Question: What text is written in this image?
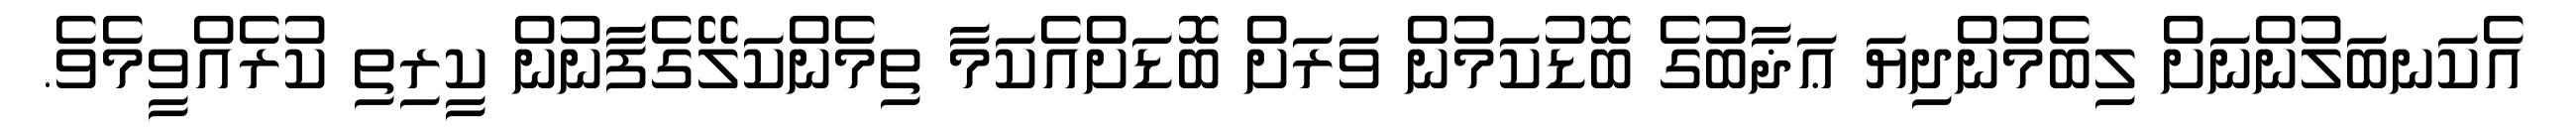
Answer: އެކަނބަލުންނަށް ލިބެމުންދިޔަ ޢަޛާބުގެ ބޮޑުކަމުން ވަރަށް ބޮޑަށްއެކަމާ ތިމެންކަލޭގެފާނުން ކީރިތި ކުރެއްވީމެވެ.